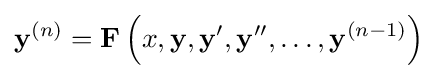
\mathbf {y} ^{(n)}=\mathbf {F} \left(x,\mathbf {y} ,\mathbf {y} ',\mathbf {y} '',\ldots ,\mathbf {y} ^{(n-1)}\right)